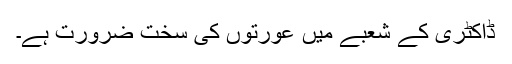
ڈاکٹری کے شعبے میں عورتوں کی سخت ضرورت ہے۔